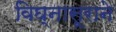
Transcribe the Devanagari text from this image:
विघ्नासूराने